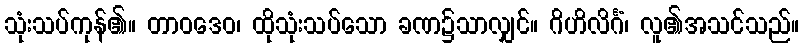
သုံးသပ်ကုန်၏။ တာဝဒေဝ၊ ထိုသုံးသပ်သော ခဏ၌သာလျှင်။ ဂိဟိလိင်္ဂံ၊ လူ၏အသင်သည်။